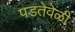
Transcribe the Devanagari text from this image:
पडतेवेळी